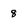
Character: 8